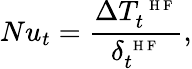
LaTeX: Nu_{t}=\frac{\Delta T_{t}^{\mathrm{~\scriptsize~H~F~}}}{\delta_{t}^{\mathrm{~\scriptsize~H~F~}}},